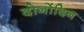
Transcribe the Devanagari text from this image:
दोनोंदिन